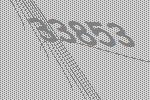
33853